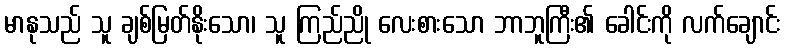
မာနုသည် သူ ချစ်မြတ်နိုးသော၊ သူ ကြည်ညို လေးစားသော ဘာဘူကြီး၏ ခေါင်းကို လက်ချောင်း